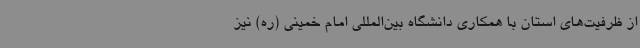
از ظرفیت‌های استان با همکاری دانشگاه بین‌المللی امام خمینی (ره) نیز